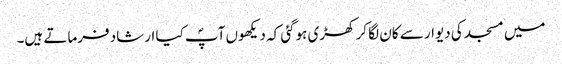
میں مسجد کی دیوار سے کان لگا کر کھڑی ہوگئی کہ دیکھوں آپؐ کیا ارشاد فرماتے ہیں۔